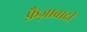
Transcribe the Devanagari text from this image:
फ़ैज़ाबादी